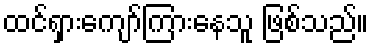
ထင်ရှားကျော်ကြားနေသူ ဖြစ်သည်။